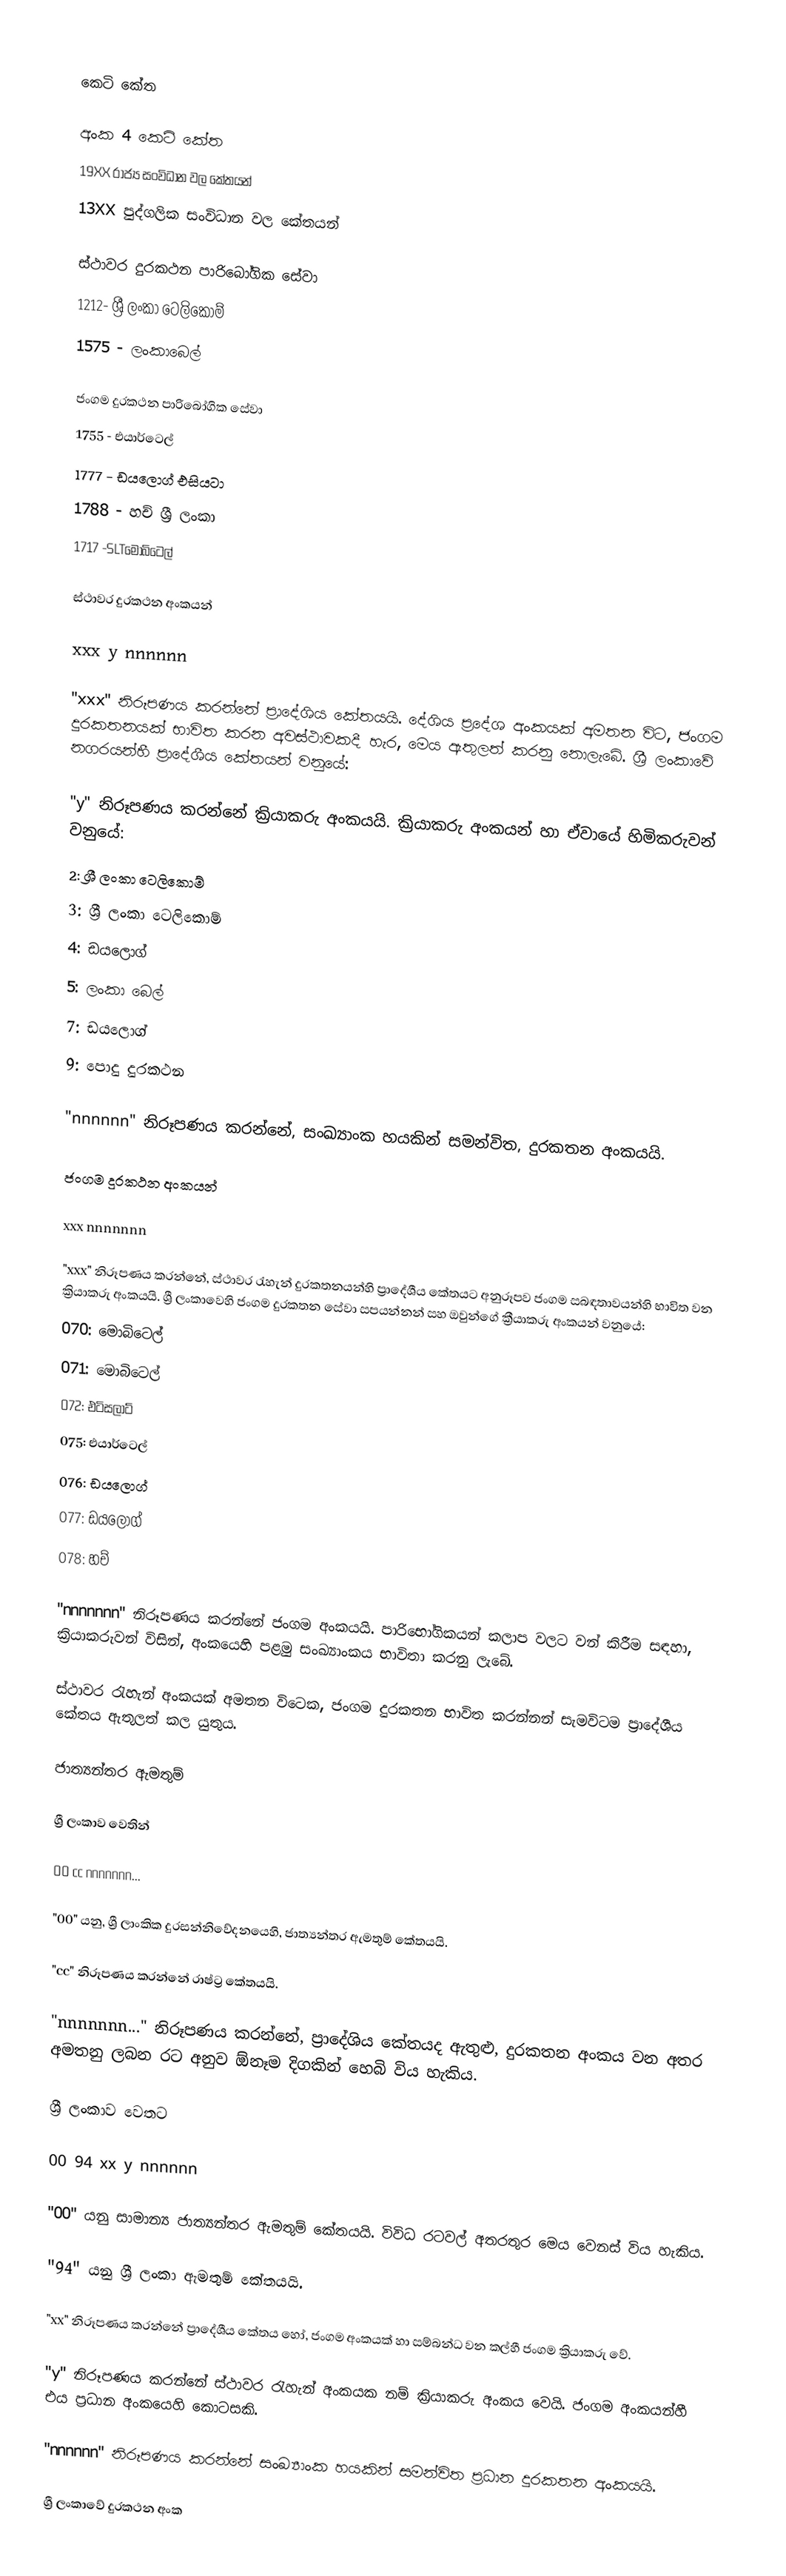

කෙටි කේත

අංක 4 කෙටි කේත
 19XX රාජ්‍ය සංවිධාන වල කේතයන්
13XX පුද්ගලික සංවිධාන වල කේතයන්

ස්ථාවර දුරකථන පාරිබෝගික සේවා
 1212- ශ්‍රී ලංකා ටෙලිකොම්
 1575 - ලංකාබෙල්

ජංගම දුරකථන පාරිබෝගික සේවා
 1755 - එයාර්ටෙල්
 1777 - ඩයලොග් එසියටා
 1788 - හච් ශ්‍රී ලංකා
 1717 -SLTමොබිටෙල්

ස්ථාවර දුරකථන අංකයන්

xxx y nnnnnn

"xxx" නිරූපණය කරන්නේ ප්‍රාදේශිය කේතයයි. දේශිය ප්‍රදේශ අංකයක් අමතන විට, ජංගම දුරකතනයක් භාවිත කරන අවස්ථාවකදී හැර,  මෙය ඇතුලත් කරනු නොලැබේ. ශ්‍රී ලංකාවේ නගරයන්හී ප්‍රාදේශීය කේතයන් වනුයේ:

"y" නිරූපණය කරන්නේ ක්‍රියාකරු අංකයයි. ක්‍රියාකරු අංකයන් හා ඒවා‍යේ හිමිකරුවන් වනුයේ:
   2: ශ්‍රී ලංකා ටෙලිකොම්
   3: ශ්‍රී ලංකා ටෙලිකොම්
   4: ඩයලොග්
   5: ලංකා බෙල්
   7: ඩයලොග්
   9: පොදු දුරකථන

"nnnnnn" නිරූපණය කරන්නේ, සංඛ්‍යාංක හයකින් සමන්විත,  දුරකතන අංකයයි.

ජංගම දුරකථන අංකයන්

xxx nnnnnnn

"xxx" නිරූපණය කරන්නේ, ස්ථාවර රැහැන් දුරකතනයන්හි ප්‍රාදේශීය කේතයට අනුරූපව ජංගම සබඳතාවයන්හි භාවිත වන ක්‍රියාකරු අංකයයි. ශ්‍රී ලංකාවෙහි ජංගම දුරකතන සේවා සපයන්නන් සහ ඔවුන්ගේ ක්‍රීයාකරු අංකයන් වනුයේ:
   070: මොබිටෙල්
   071: මොබිටෙල්
   072: එටිසලාට්
   075: එයාර්ටෙල්
   076: ඩයලොග්
   077: ඩයලොග්
   078: හච්

"nnnnnnn" නිරූපණය කරන්නේ ජංගම අංකයයි. පාරිභෝගිකයන් කලාප වලට වන් කිරීම සඳහා,  ක්‍රියාකරුවන් විසින්, අංකයෙහි පළමු සංඛ්‍යාංකය භාවිතා කරනු ලැබේ.

ස්ථාවර රැහැන් අංකයක් අමතන විටෙක, ජංගම දුරකතන භාවිත කරන්නන් සැමවිටම ප්‍රාදේශීය කේතය ඇතුලත් කල යුතුය.

ජාත්‍යන්තර ඇමතුම්

ශ්‍රී ලංකාව වෙතින්

00 cc nnnnnnn...

"00" යනු, ශ්‍රී ලාංකික දුරසන්නිවේදනයෙහි,  ජාත්‍යන්තර ඇමතුම් කේතයයි.

"cc" නිරූපණය කරන්නේ රාෂ්ට්‍ර කේතයයි.

"nnnnnnn..." නිරූපණය කරන්නේ, ප්‍රාදේශිය කේතයද ඇතුළු, දුරකතන අංකය වන අතර අමතනු ලබන රට අනුව ඕනෑම දිගකින් හෙබි විය හැකිය.

ශ්‍රී ලංකාව වෙතට

00 94 xx y nnnnnn

"00" යනු සාමාන්‍ය ජාත්‍යන්තර ඇමතුම් කේතයයි. විවිධ රටවල් අතරතුර මෙය වෙනස් විය හැකිය.

"94" යනු ශ්‍රී ලංකා ඇමතුම් කේතයයි.

"xx" නිරූපණය කරන්නේ ප්‍රාදේශීය කේතය හෝ, ජංගම අංකයක් හා සම්බන්ධ වන කල්හී ජංගම ක්‍රියාකරු වේ.

"y" නිරූපණය කරන්නේ ස්ථාවර රැහැන් අංකයක නම් ක්‍රියාකරු අංකය වෙයි. ජංගම අංකයන්හී එය ප්‍රධාන අංකයෙහි කොටසකි.

"nnnnnn" නිරූපණය කරන්නේ සංඛ්‍යාංක හයකින් සමන්විත ප්‍රධාන දුරකතන අංකයයි.

ශ්‍රී ලංකාවේ දුරකථන අංක